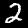
Label: 2